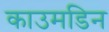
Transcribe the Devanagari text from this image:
काउमडिन